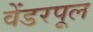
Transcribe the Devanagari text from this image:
वेंडरपूल